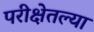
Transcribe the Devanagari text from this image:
परीक्षेतल्या